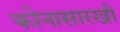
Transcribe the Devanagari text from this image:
कोनासारखी